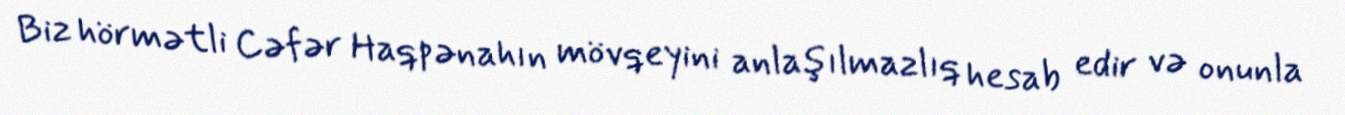
Biz hörmətli Cəfər Haqpənahın mövqeyini anlaşılmazlıq hesab edir və onunla